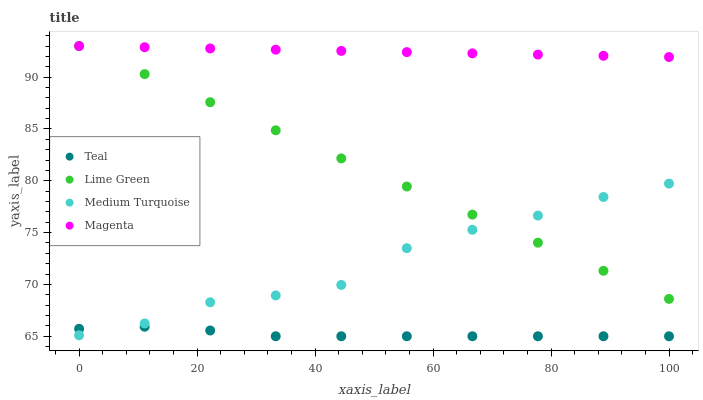
| xaxis_label | Teal | Lime Green | Medium Turquoise | Magenta |
 | --- | --- | --- | --- | --- |
 | 0 | 65.7 | 93 | 65.1 | 93 |
 | 11.1 | 65.9 | 90.3 | 66.2 | 92.9 |
 | 22.2 | 65.6 | 87.6 | 68.3 | 92.8 |
 | 33.3 | 65 | 84.9 | 68.9 | 92.6 |
 | 44.4 | 65 | 82.2 | 70 | 92.5 |
 | 55.6 | 65 | 79.4 | 73.5 | 92.4 |
 | 66.7 | 65 | 76.7 | 75.3 | 92.3 |
 | 77.8 | 65 | 74 | 76.6 | 92.2 |
 | 88.9 | 65 | 71.3 | 78.4 | 92.1 |
 | 100 | 65 | 68.6 | 79.7 | 91.9 |